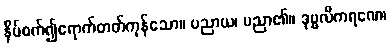
နှိပ်စက်၍ရောက်တတ်ကုန်သော။ ပညာယ၊ ပညာ၏။ ဒုဗ္ဗလီကရဏေ၊